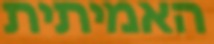
האמיתית